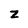
Character: z